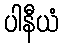
ပါနီယံ